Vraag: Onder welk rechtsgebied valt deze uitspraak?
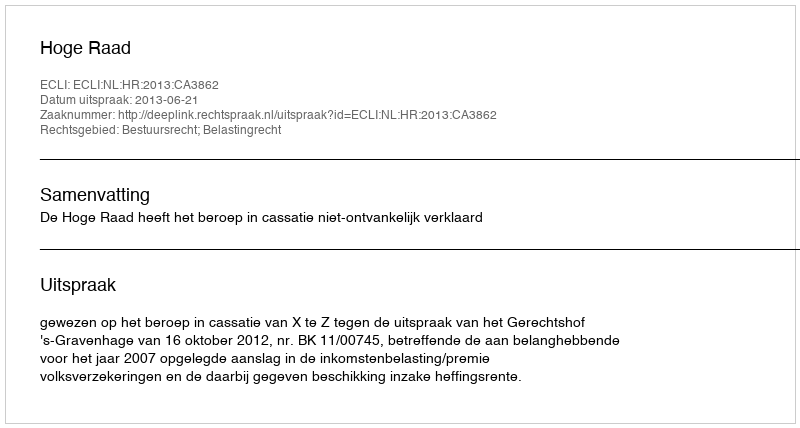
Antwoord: Bestuursrecht; Belastingrecht